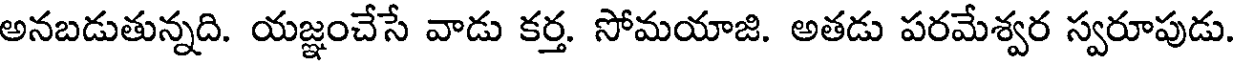
అనబడుతున్నది. యజ్ఞంచేసే వాడు కర్త. సోమయాజి. అతడు పరమేశ్వర స్వరూపుడు